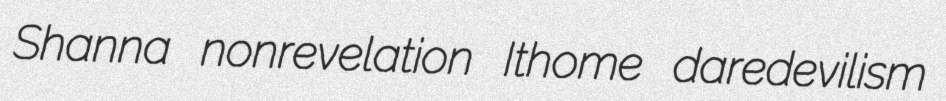
Shanna nonrevelation Ithome daredevilism